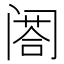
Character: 𨸉